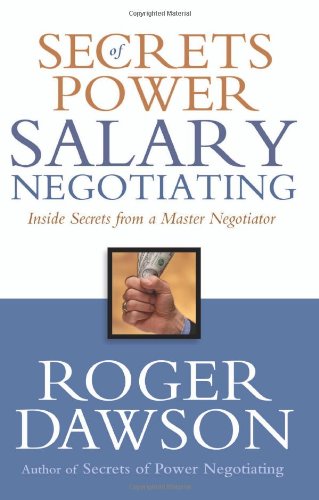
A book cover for Secrets of Power Salary Negotiating: Inside Secrets from a Master Negotiator; Roger Dawson; Business & Money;